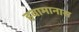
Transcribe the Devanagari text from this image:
हवामानास